[Report on the health of British troops in the Madras command]
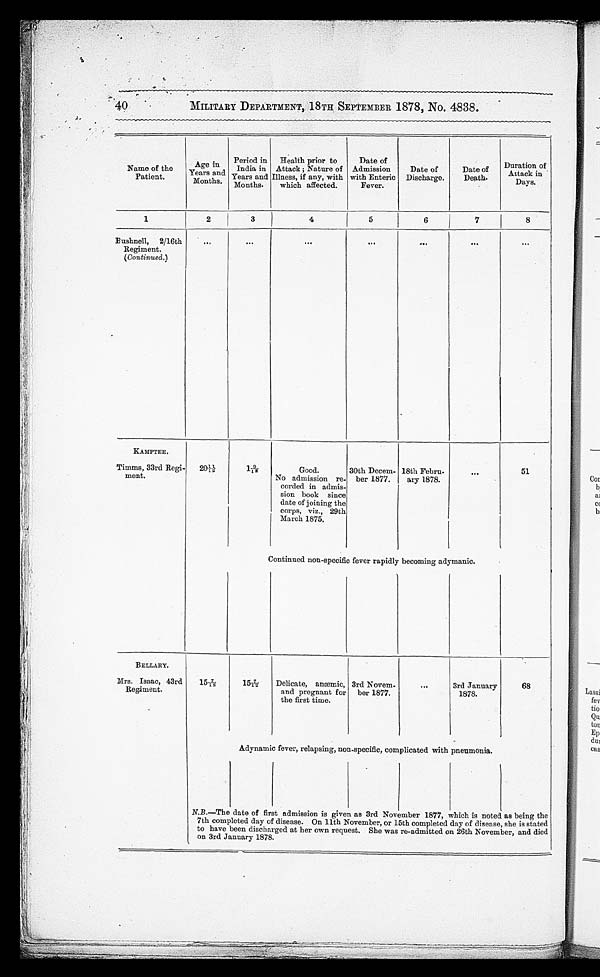
40 MILITARY DEPARTMENT, 18TH SEPTEMBER 1878, No. 4838.
Name of the
Patient.
Age in
Years and
M o n t h s .
Period in
India in
Years and
Months.
Health prior to
Attack; Nature of
Illness, if any, with
which affected.
Date of
Admission
with Enteric
Fever.
Date of
Discharge.
Date of
Death.
Duration of
Attack in
Days.
1
2
3
4
5
6
7
8
Bushnell, 2/16th
Regiment.
( Continued.)
KAMPTEE.
Timms, 33rd Reg
i-ment.
20 11/12
1 9 / 1 2
Good.
No admission re
-corded in admis
-sion book since
date of joining the
corps, viz., 29th
March 1875.
30th Decem
-ber 1877.
18th Febru
-ary 1878.
51
Continued non-specific fever rapidly becoming adymanic.
BELLARY.
Mrs. Isaac, 43rd
Regiment.
15 7/12
15 7/12
Delicate, anæmic,
and pregnant for
the first time.
3rd Novem
-ber 1877.
3rd January
1878.
68
Adynamic fever, relapsing, non-specific, complicated with pneumonia.
N.B.—The date of first admission is given as 3rd November 1877, which is noted as being the
7th completed day of disease. On 11th November, or
15th completed day of disease, she is stated
to have been discharged at her own request. She was re-admitted on 26th November, and died
on 3rd January 1878.